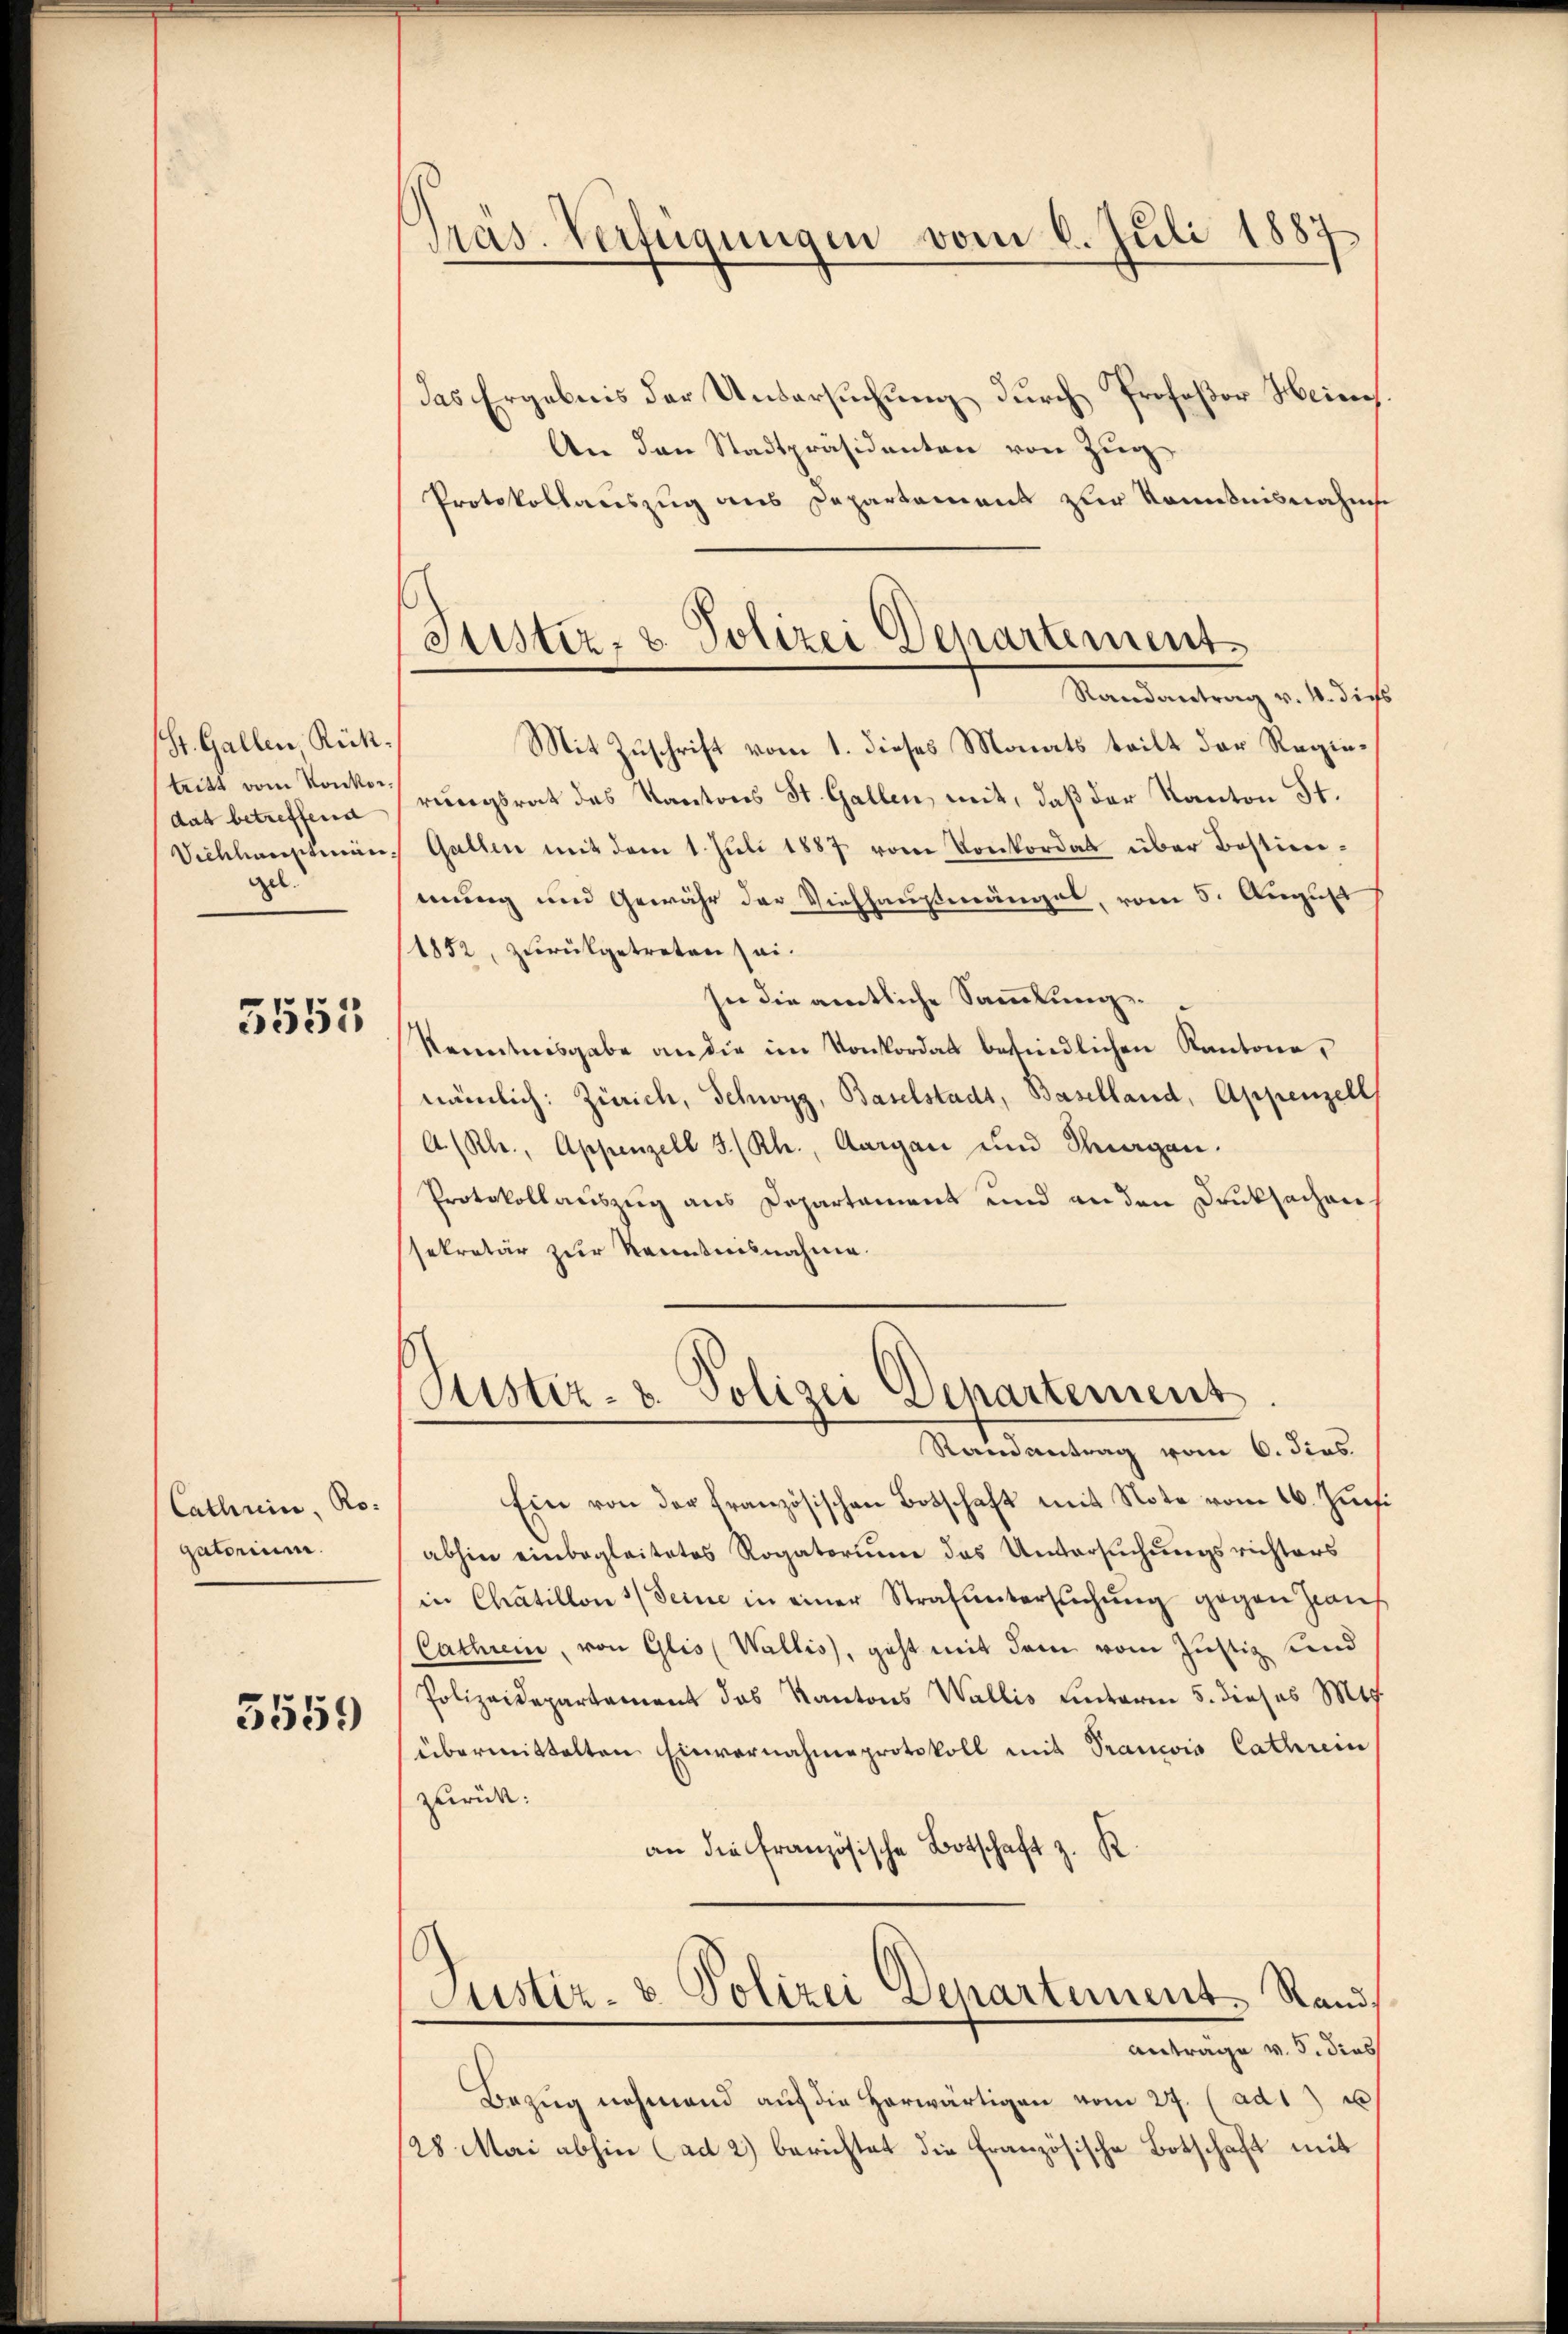
St. Gallen Rüktritt vom Konkordas betreffend
Vichhauptein
gel.

3555

Cathrin, Ro-
gatorium.

3559

Präs. Verfügungen vom 6. Juli 1887

Justiz- & Polizei Departements
Randantrag v. 4. dies

das Ergebnis der Untersuchung durch Profeßor Heinch.
An den Stadtpräsidenten von Zug
Protokollauszug aus Departement zur Kenntnisnahme
Mit Zuschrift vom 1. dieses Monats teilt der Regierungsrat des Kantons St. Gallen, mit, daß der Kanton St.
Gallen mit dem 1. Juli 1887 vom Konkordat über Bestimmung und Gewähr der Viehhausenanges, vom 5. August
1852, zurükgetreten sei.
sie die amtliche Sammlung.
Kenntnisgabe an die im Konkordat befindlichen Kantone,
nämlich: Zürich, Schwyz, Baselstadt, Baselland, Appenzell
A/Rh., Appenzell I. (Rh., Aargau und Sorgen.
Protokollauszug aus Departament und anden Druksachen-
ssekretär zur Kenntnisnahme.
Justiz- & Polizei Departement
Randantrag vom 6. dies
Ein von der französischen Botschaft mit Note vom 16. Juni
abhin einbegleitetes Rogatorium das Untersuchungsrichters
in Chatillon 1 Seine in einer Strafŭntersŭchŭng gegen Haus
Cathri, von Glis (Wallis, geht mit dem vom Justiz und
Polizeidepartament das Kantons Wallis Einterm 5. dieses Mts.
übermittelten Einvernahmeprotokoll mit Prancis Cathrein
zurück:
an die französische Botschaft z. R.
Justiz- & Polizei Departement. Stand,
Antrage v. 5. dies
Bezŭg nehmend aŭf die herwärtigen vom 27. (ad1) u
28 Mai abhin (ad 2) berichtet die französische Botschaft mit